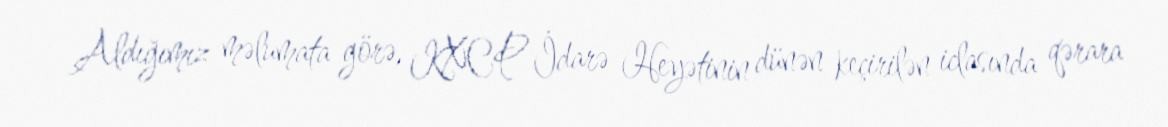
Aldığımız məlumata görə, KXCP İdarə Heyətinin dünən keçirilən iclasında qərara